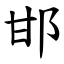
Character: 邯